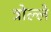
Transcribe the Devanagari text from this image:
त्रोल्ले